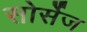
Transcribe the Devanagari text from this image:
सोर्सेज